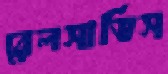
রেলসার্ভিস